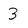
Character: 3